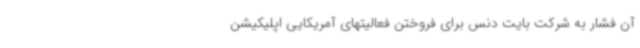
آن فشار به شرکت بایت دنس برای فروختن فعالیتهای آمریکایی اپلیکیشن